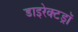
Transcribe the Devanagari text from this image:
डाइरेक्टड्रॉ